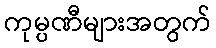
ကုမ္ပဏီများအတွက်